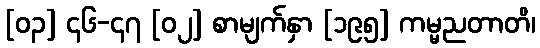
[၀၃] ၄၆-၄၇ [၀၂] စာမျက်နှာ [၁၉၅] ကမ္မညတာတိ၊